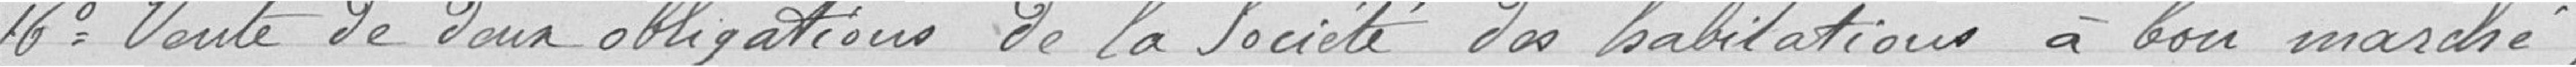
16° Vente de deux obligations de la société des habitations à bon marché